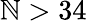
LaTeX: \mathbb{N}>34